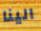
الينا